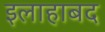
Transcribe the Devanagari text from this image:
इलाहाबद